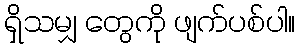
ရှိသမျှ တွေကို ဖျက်ပစ်ပါ။